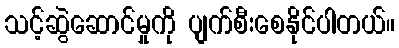
သင့်ဆွဲဆောင်မှုကို ပျက်စီးစေနိုင်ပါတယ်။